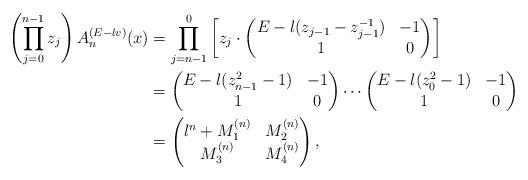
LaTeX: \begin{align*}\left(\prod^{n-1}_{j=0}z_j\right) A_n^{(E-\l v)}(x)&=\prod^{0}_{j=n-1}\left[z_j\cdot\begin{pmatrix}E-\l(z_{j-1}-z_{j-1}^{-1}) & -1\\ 1 & 0\end{pmatrix}\right]\\&=\begin{pmatrix}E-\l(z^2_{n-1}-1) & -1\\ 1 & 0\end{pmatrix}\cdots \begin{pmatrix}E-\l(z^2_0-1) & -1\\ 1 & 0\end{pmatrix}\\&=\begin{pmatrix}\l^n+M^{(n)}_1 & M^{(n)}_2\\ M^{(n)}_3 & M^{(n)}_4\end{pmatrix},\end{align*}